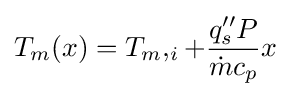
{T_{m}(x)=T_{m},_{i}+{q''_{s}P \over {\dot {m}}c_{p}}x}